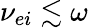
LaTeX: \nu_{ei}\lesssim\omega